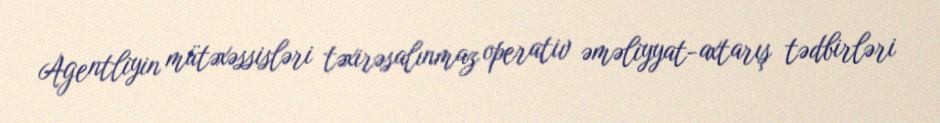
Agentliyin mütəxəssisləri təxirəsalınmaz operativ əməliyyat-axtarış tədbirləri